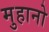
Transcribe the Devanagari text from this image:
मुहानो